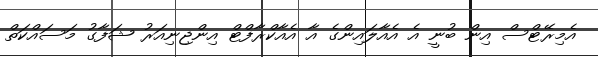
އެމިރޭޓްސް އިން ބުނީ އެ އެއާލައިންގެ އާ އެއާކްރާފްޓް އިންޖިނިއަރު ޝަފާގު މަސައްކަތް